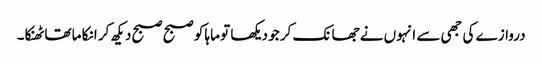
دروازے کی جھی سے انہوں نے جھانک کر جو دیکھا تو ماہا کو صبح صبح دیکھ کر انکا ما تھا ٹھنکا۔